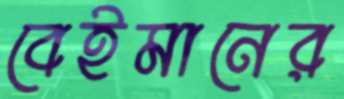
বেইমানের